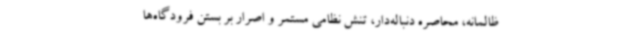
ظالمانه، محاصره دنباله‌دار، تنش نظامی مستمر و اصرار بر بستن فرودگاه‌ها